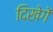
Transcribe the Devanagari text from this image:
दिखेगें